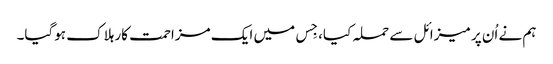
ہم نے اُن پر میزائل سے حملہ کیا، جِس میں ایک مزاحمت کار ہلاک ہوگیا۔